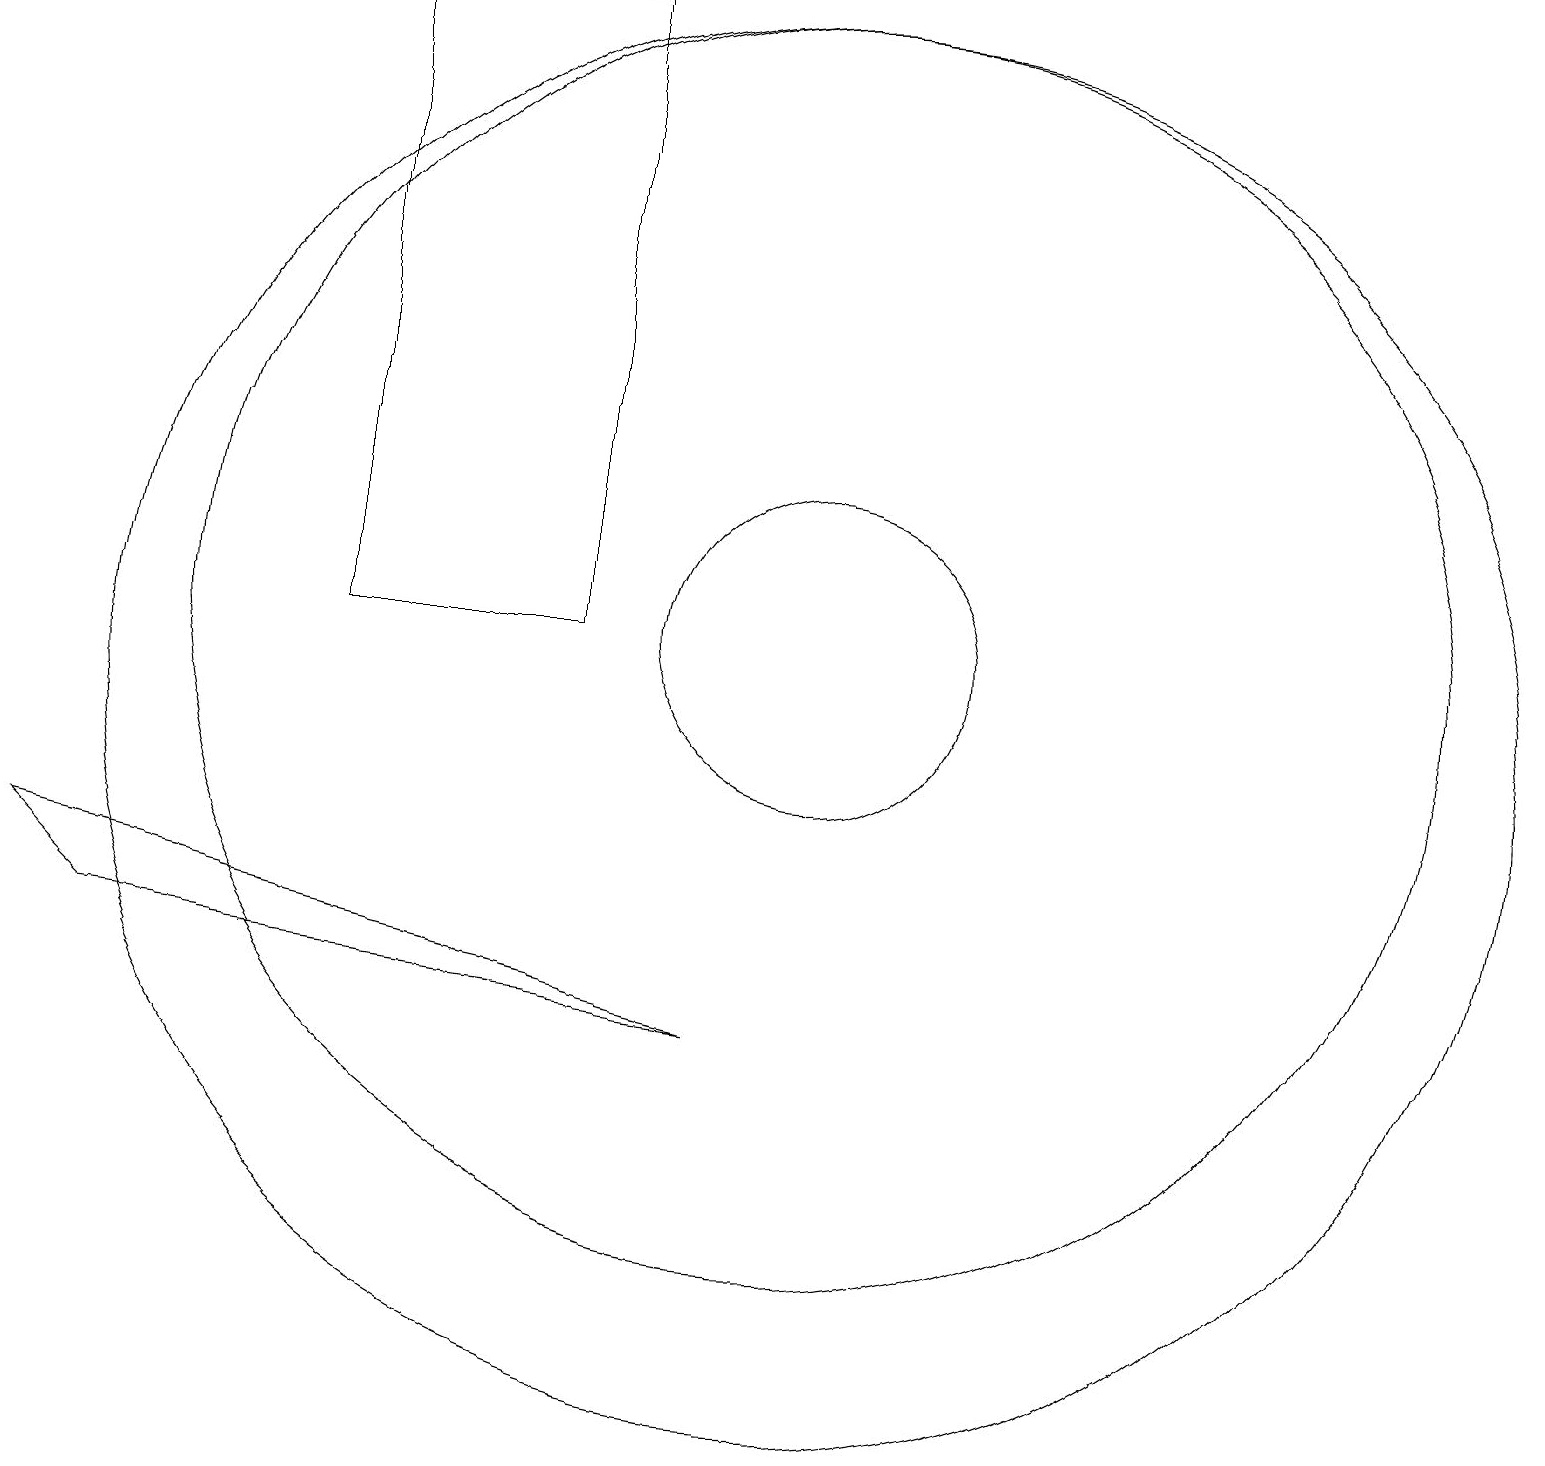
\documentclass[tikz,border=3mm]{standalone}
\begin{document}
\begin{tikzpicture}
\draw (4,19) rectangle (7,11);
\draw (10,11) circle (2);
\draw (10,10) circle (9);
\draw (9,6) -- (0,8) -- (1,7) -- cycle;
\draw (10,11) circle (8);
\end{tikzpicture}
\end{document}